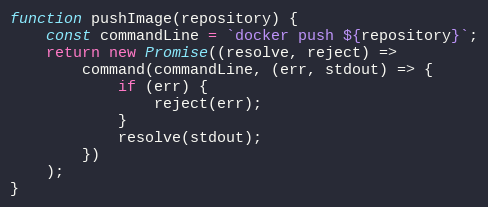
Language: JavaScript
function pushImage(repository) {
    const commandLine = `docker push ${repository}`;
    return new Promise((resolve, reject) =>
        command(commandLine, (err, stdout) => {
            if (err) {
                reject(err);
            }
            resolve(stdout);
        })
    );
}